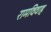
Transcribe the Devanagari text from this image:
रामविवाह